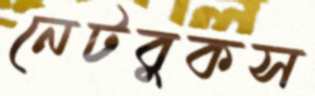
নেটবুকস